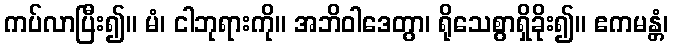
ကပ်လာပြီး၍။ မံ၊ ငါဘုရားကို။ အဘိဝါဒေတွာ၊ ရိုသေစွာရှိခိုး၍။ ဧကမန္တံ၊